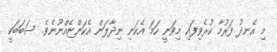
މި އެނދު ފަރުމާ ކުރެވިފައި މިވަނީ ހަމަ އެކަނި ނިދާލަން އެކަންޏެއްނޫނެވެ. ސަބަބަކީ